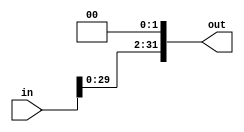
`timescale 1ns / 1ps
//////////////////////////////////////////////////////////////////////////////////
// Company:
// Engineer:
//
// Design Name:
// Module Name:    shift
// Project Name:
// Target Devices:
// Tool versions:
// Description:
//
// Dependencies:
//
// Revision:
// Revision 0.01 - File Created
// Additional Comments:
//
//////////////////////////////////////////////////////////////////////////////////
module shift(
        input  [31:0]in,
        output [31:0]out
    );

    assign out = {in[29:0], 2'b0};

endmodule